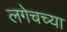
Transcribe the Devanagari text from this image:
लगेचच्या